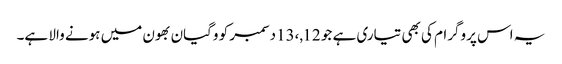
یہ اس پروگرام کی بھی تیاری ہے جو 12,،13دسمبر کو وگیان بھون میں ہونے والا ہے۔